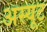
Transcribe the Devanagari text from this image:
अस्यूट